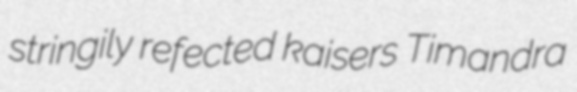
stringily refected kaisers Timandra